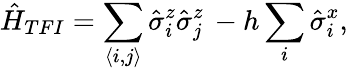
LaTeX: \hat{H}_{TFI}=\sum_{\langle i,j\rangle}\hat{\sigma}_{i}^{z}\hat{\sigma}_{j}^{z}\, -h\sum_{i}\hat{\sigma}_{i}^{x},